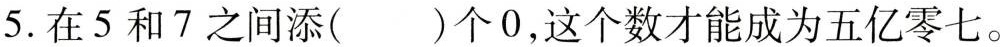
5.在5和7之间添( )个0，这个数才能成为五亿零七。